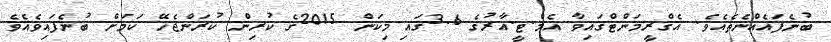
ބުނެފައެއްނެތެއެވެ. އެގްރީމަންޓްގައިވާ އެމް.ޓީ.އާރުގެ 3.6ގައި މިކަން 2015ގެ ކުރިން ކުރަންޖެހޭ ކަމަށް ބުނެފައިވެއެވެ